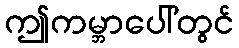
ဤကမ္ဘာပေါ်တွင်